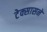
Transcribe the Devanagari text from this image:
टेक्सासने